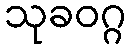
သုခဝဂ္ဂ